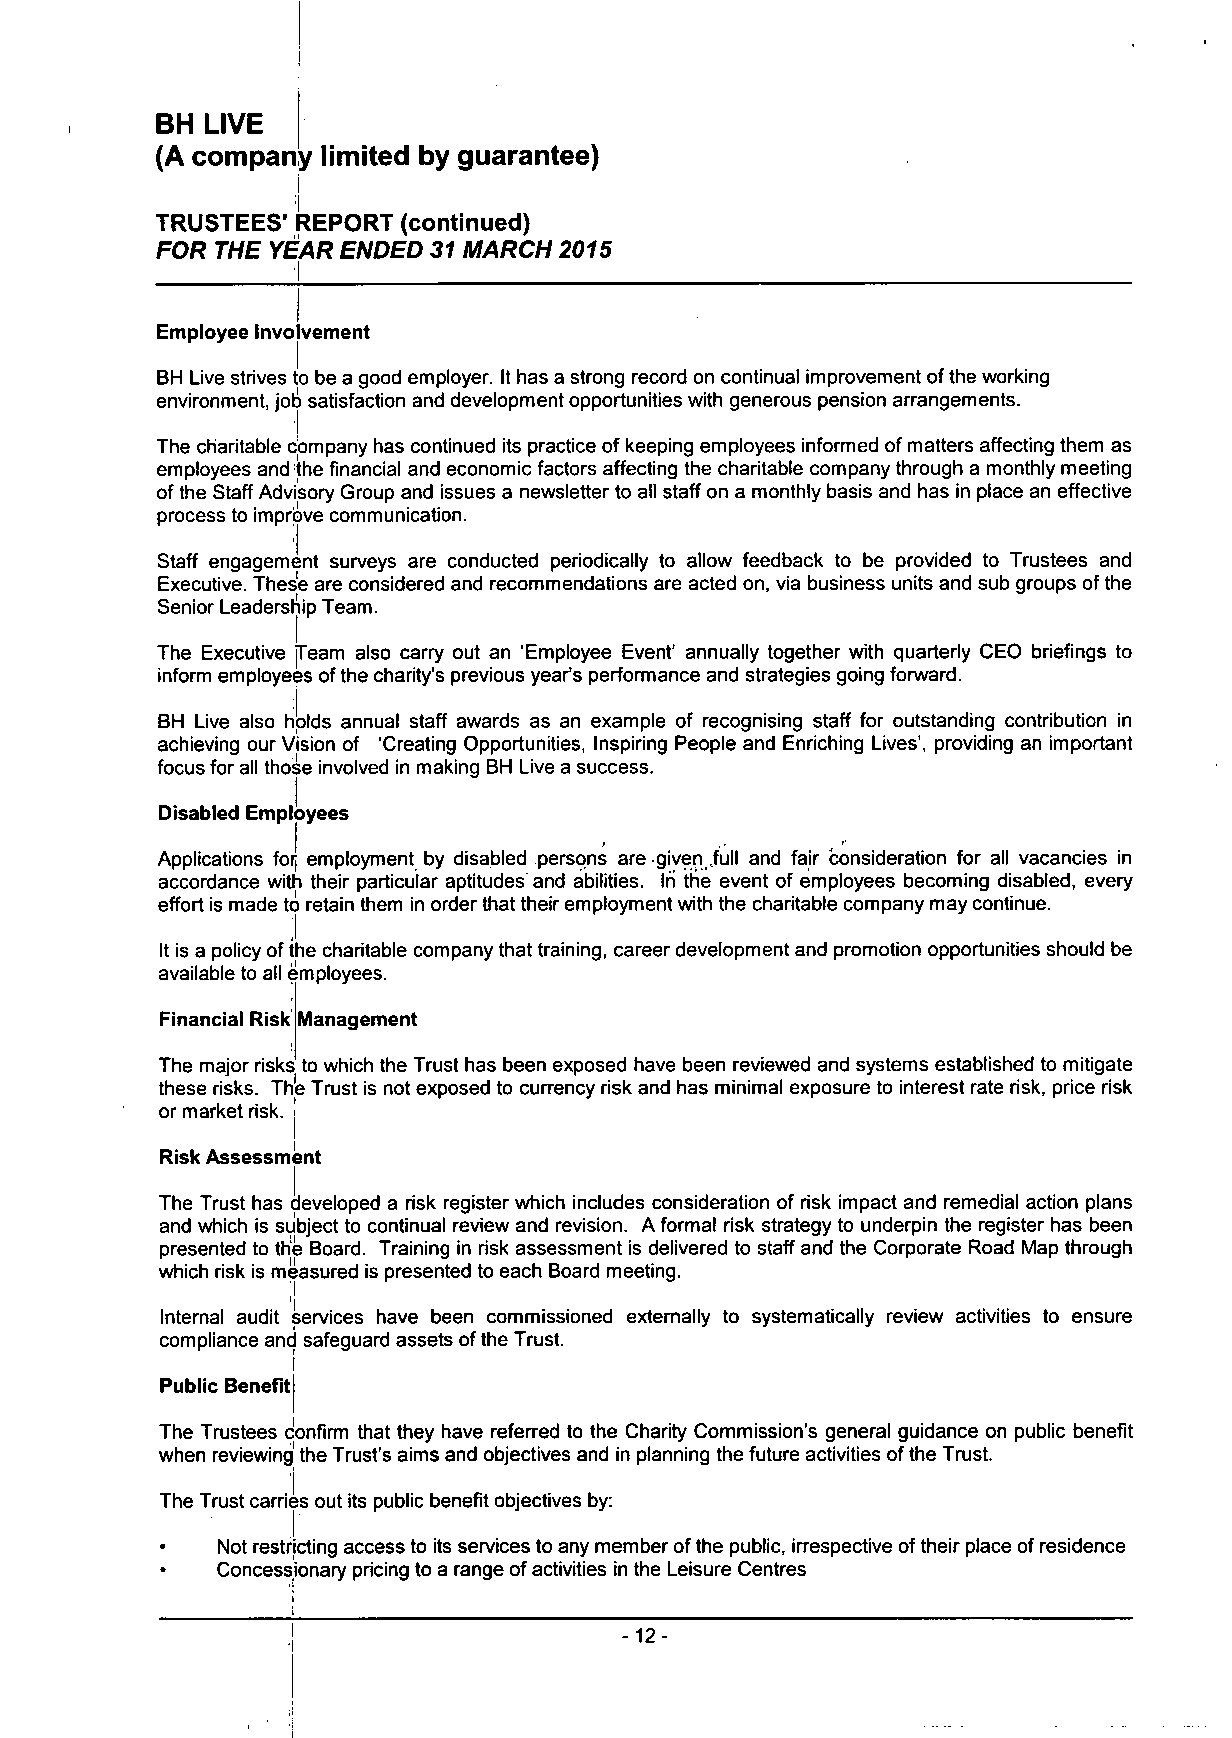
!
 BH  LIVE
 (A company limited by guarantee)
 i
 TRUSTEES' REPORT (continued)
 FOR THE YEAR ENDED 31 MARCH 2015
 Employee Involvement
 BH Live strives to be a good employer. It has a strong record on continual improvement of the working
 environment, job satisfaction and development opportunities with generous pension arrangements.
 The charitable company has continued its practice of keeping employees informed of matters affecting them as
 employees and the financial and economic factors affecting the charitable company through a monthly meeting
 of the Staff Advisory Group and issues a newsletter to all staff on a monthly basis and has in place an effective
 process to improve communication.
 Staff engagement surveys are conducted periodically to allow feedback to be provided to Trustees and
 Executive. These are considered and recommendations are acted on, via business units and sub groups of the
 Senior Leadership Team.
 The Executive Team also carry out an 'Employee Event' annually together with quarterly CEO briefings to
 inform employees ofthe charity's previous year's performance and strategies going forward.
 BH Live also holds annual staff awards as an example of recognising staff for outstanding contribution in
 achieving our Vision of 'Creating Opportunities, Inspiring People and Enriching Lives', providing an important
 focus for all those involved in making BH Live a success.
 Disabled Employees
 Applications forf employment by disabled persons are given full and fair consideration for ali vacancies in
 accordance with their particular aptitudes and abilities. In the event of employees becoming disabled, every
 effort is made to retain them in order that their employment with the charitable company may continue.
 It is a policy of the charitable company that training, career development and promotion opportunities should be
 available to all employees.
 Financial Risk Management
 The major risks to which the Trust has been exposed have been reviewed and systems established to mitigate
 these risks. The Trust is not exposed to currency risk and has minimal exposure to interest rate risk, price risk
 or market risk, j
 Risk Assessment
 j
 The Trust has developed a risk register which includes consideration of risk impact and remedial action plans
 and which is subject to continual review and revision. A formal risk strategy to underpin the register has been
 presented to the Board. Training in risk assessment is delivered to staff and the Corporate Road Map through
 which risk is measured is presented to each Board meeting.
 Internal audit services have been commissioned externally to systematically review activities to ensure
 compliance and safeguard assets of the Trust.
 i
 Public Benefit
 The Trustees confirm that they have referred to the Charity Commission's general guidance on public benefit
 when reviewing the Trust's aims and objectives and in planning the future activities of the Trust.
 The Trust carries out its public benefit objectives by:
 •  Not restricting access to its services to any member of the public, irrespective of their place of residence
 Concessionary pricing to a range of activities in the Leisure Centres
 -12-